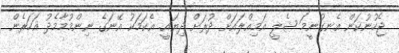
ޖެހުނުކަން އެނގުނީމަ ޝެލީ އަމިއްލައަށް ދުރަށް ދިޔައީ. އެކަމަކު އޭނަގެ ނިންމުމާމެދު އަހަރެން